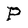
Character: P